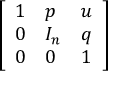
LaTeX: \left[ \begin{array} { l l l } { 1 } & { p } & { u } \\ { 0 } & { I _ { n } } & { q } \\ { 0 } & { 0 } & { 1 } \end{array} \right]